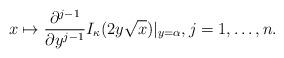
LaTeX: \begin{align*}x \mapsto \frac{\partial^{j-1}}{\partial y^{j-1}}I_{\kappa}(2y \sqrt{x})|_{y=\alpha}, j=1,\ldots,n.\end{align*}